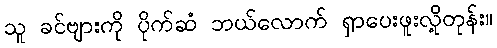
သူ ခင်ဗျားကို ပိုက်ဆံ ဘယ်လောက် ရှာပေးဖူးလို့တုန်း။